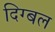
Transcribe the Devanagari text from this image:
दिग्बल